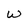
Character: W